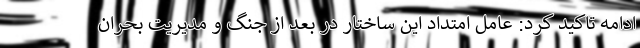
ادامه تاکید کرد: عامل امتداد این ساختار در بعد از جنگ و مدیریت بحران